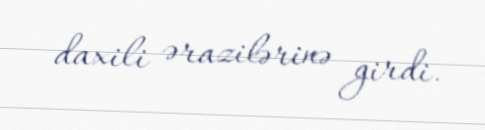
daxili ərazilərinə girdi.